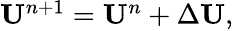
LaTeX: \begin{array}{r}{{\mathbf U}^{n+1}={\mathbf U}^{n}+\Delta{\mathbf U},}\end{array}